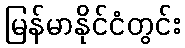
မြန်မာနိုင်ငံတွင်း